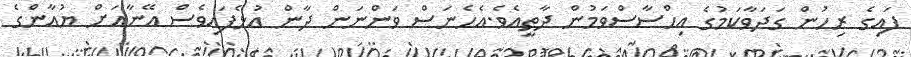
ފައިގެ ރިހުން ގަދަވާކަމުގެ އިހްސާސްވަމުން ދާތީއެވެ.އެހެނަސް ވަންނަން ދާން އުޅެފައިވެސް އޭނާއަށް ޔުއާންގެ